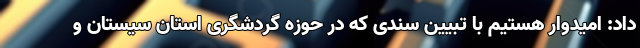
داد: امیدوار هستیم با تبیین سندی که در حوزه گردشگری استان سیستان و